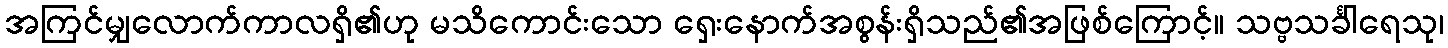
အကြင်မျှလောက်ကာလရှိ၏ဟု မသိကောင်းသော ရှေးနောက်အစွန်းရှိသည်၏အဖြစ်ကြောင့်။ သဗ္ဗသင်္ခါရေသု၊